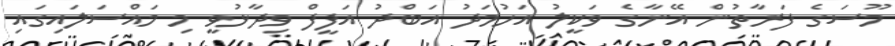
މޫސަގެ ފަރާތުން އޭނާގެ ވަކީލު އަހުމަދު އަބްދު އަފީފް ވިދާޅުވީ މި މައްސަލައިގައި